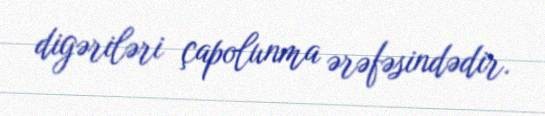
digəriləri çapolunma ərəfəsindədir.